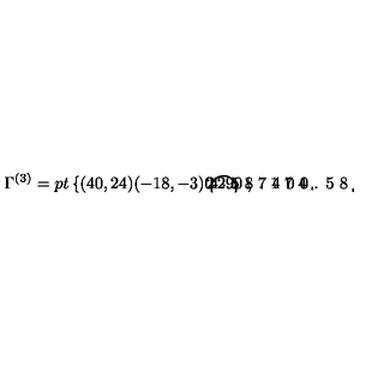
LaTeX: \Gamma ^ { ( 3 ) } = \setlength { \unitlength } { 1 p t } \left\{ \begin{picture} { ( 4 0 , 2 4 ) ( - 1 8 , - 3 ) \thicklines \put ( 0 , 0 ) { \circle { 2 4 } } \put ( 1 2 , 0 ) { \line ( - 5 , 3 ) { 1 8 . 1 7 4 } } \put ( 1 2 , 0 ) { \line ( - 5 , - 3 ) { 1 8 . 1 7 4 } } \put ( - 6 . 1 7 4 , 1 0 . 2 9 0 ) { \line ( 0 , - 1 ) { 2 0 . 5 8 } } } \\ \end{picture} \right. ,